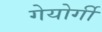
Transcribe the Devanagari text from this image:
गेयोर्गी